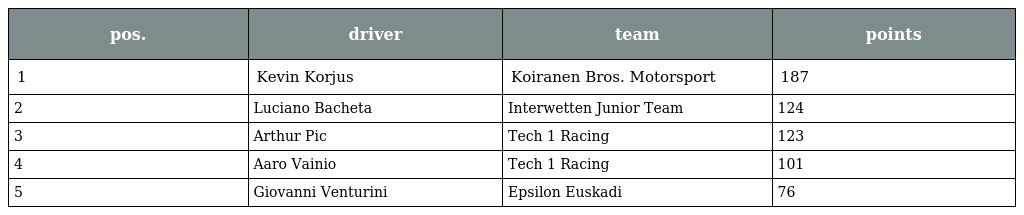
| pos. | driver | team | points |
 | --- | --- | --- | --- |
 | 1 | Kevin Korjus | Koiranen Bros. Motorsport | 187 |
 | 2 | Luciano Bacheta | Interwetten Junior Team | 124 |
 | 3 | Arthur Pic | Tech 1 Racing | 123 |
 | 4 | Aaro Vainio | Tech 1 Racing | 101 |
 | 5 | Giovanni Venturini | Epsilon Euskadi | 76 |